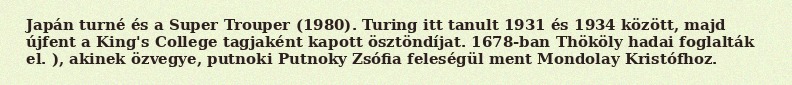
Japán turné és a Super Trouper (1980). Turing itt tanult 1931 és 1934 között, majd újfent a King's College tagjaként kapott ösztöndíjat. 1678-ban Thököly hadai foglalták el. ), akinek özvegye, putnoki Putnoky Zsófia feleségül ment Mondolay Kristófhoz.